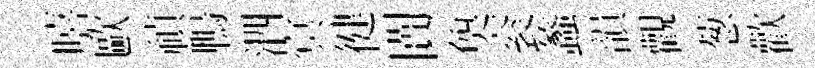
嘻歐禎鴨泗㝠徤闠奐衮蠡韻觀葱歡